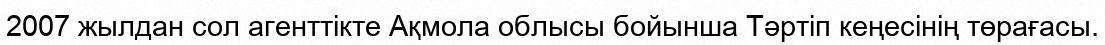
2007 жылдан сол агенттікте Ақмола облысы бойынша Тәртіп кеңесінің төрағасы.